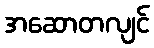
အဆောတလျင်